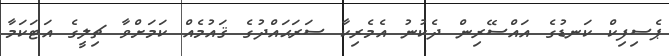
ޕެސިފިކް ކަނޑުގެ އައްސޭރިން ދެކުނު އެމެރިކާ ސަރަޙައްދުގެ ޤައުމެއް ކަމަށްވާ ޗިލީގެ އަޓަކަމާ